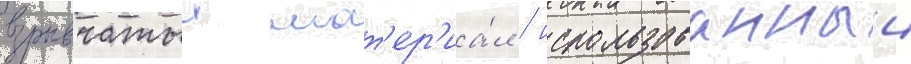
взрывчатыи мат'ер'иа́л / использованныи